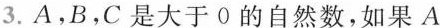
3.A，B，C是大于0的自然数，如果$$A